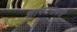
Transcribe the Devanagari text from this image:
शाफ्टसबरी